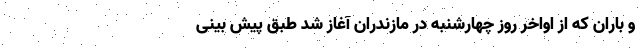
و باران که از اواخر روز چهارشنبه در مازندران آغاز شد طبق پیش بینی